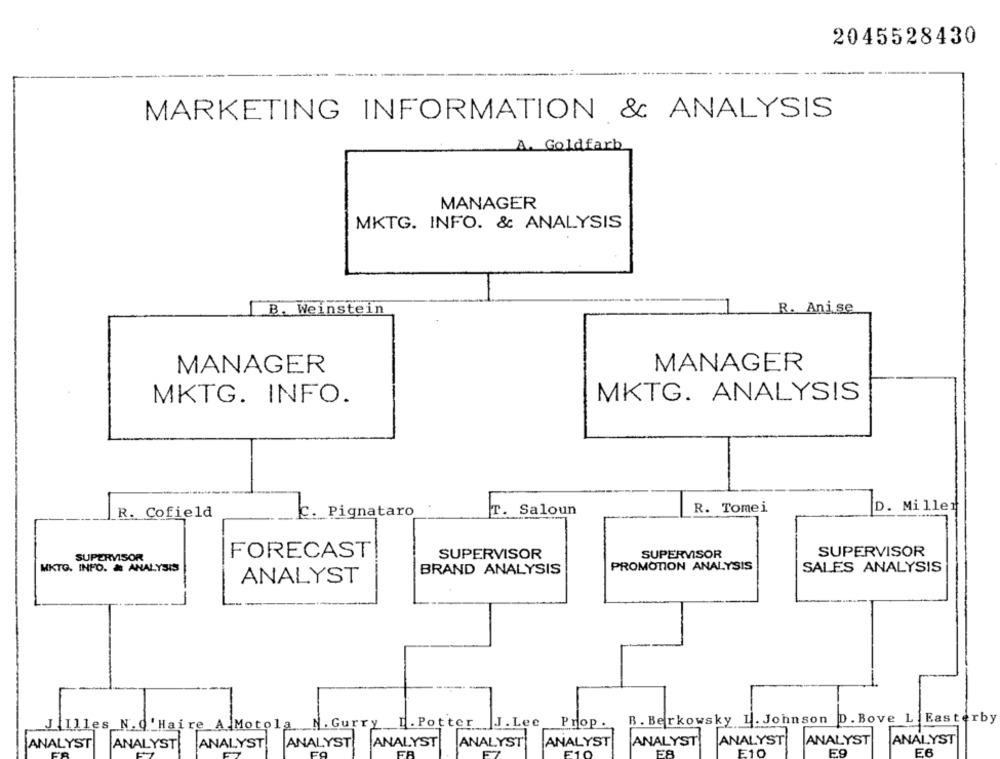
2045528430
MARKETING INFORMATION & ANALYSIS
A. Goldfarb
MANAGER
MKTG. INFO. & ANALYSIS
B. Weinstein
R. Ani.se
MANAGER
MANAGER
MKTG. INFO.
MKTG. ANALYSIS
R. Tomei
D. Mi ller
R. Cofield
C. Pignataro
T. Saloun
FORECAST
SUPERVISOR
SUPERVISOR
SUPERVISOR
SUPERVISOR
MKTG. INFO. & ANALYSIS
PROMOTION ANALYSIS
SALES ANALYSIS
BRAND ANALYSIS
ANALYST
B. Berkowsky I. Johnson D. Bove L Easterby
Illes N.d'Haire A Motola N. Gurry H. Potter |J.Lee
Prop.
ANALYST ANALYST ANALYST ANALYST ANALYST ANALYST
ANALYST
ANALYST
ANALYST
ANALYST
ANALYST
E10
E6